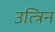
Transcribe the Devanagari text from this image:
उत्त्रिन